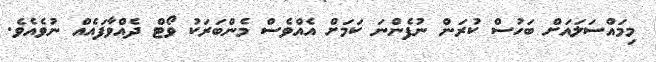
މިމައްސަލައަށް ބަހުސް ކުރަން ނުފެންނަ ކަމަށް އެއްވެސް މެންބަރަކު ވޯޓް ދެއްވާފައެއް ނުވެއެވެ.